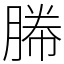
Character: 㬺